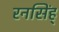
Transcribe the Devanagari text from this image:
रनसिंह्